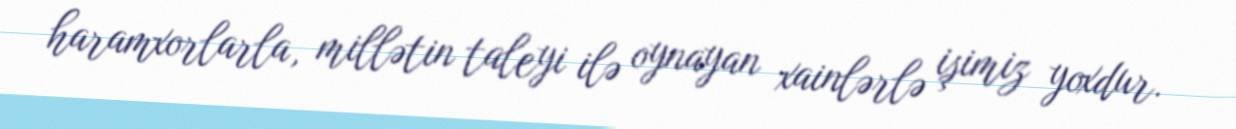
haramxorlarla, millətin taleyi ilə oynayan xainlərlə işimiz yoxdur.